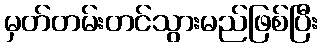
မှတ်တမ်းတင်သွားမည်ဖြစ်ပြီး